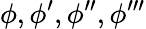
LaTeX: \phi,\phi^{\prime},\phi^{\prime\prime},\phi^{\prime\prime\prime}